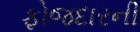
ફોજદારની